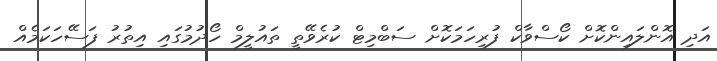
އަދި އޮންލައިންކޮށް ކޯސްވާކް ފުރިހަމަކޮށް ސަބްމިޓް ކުރެވޭތީ ތައުލީމް ހޯދުމުގައި އިތުރު ފަސޭހަކަމެއް